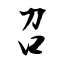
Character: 召